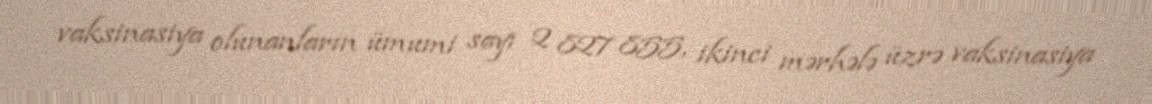
vaksinasiya olunanların ümumi sayı 2 827 855, ikinci mərhələ üzrə vaksinasiya